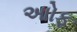
આોફ